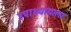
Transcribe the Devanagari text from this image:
उपाध्यायाला